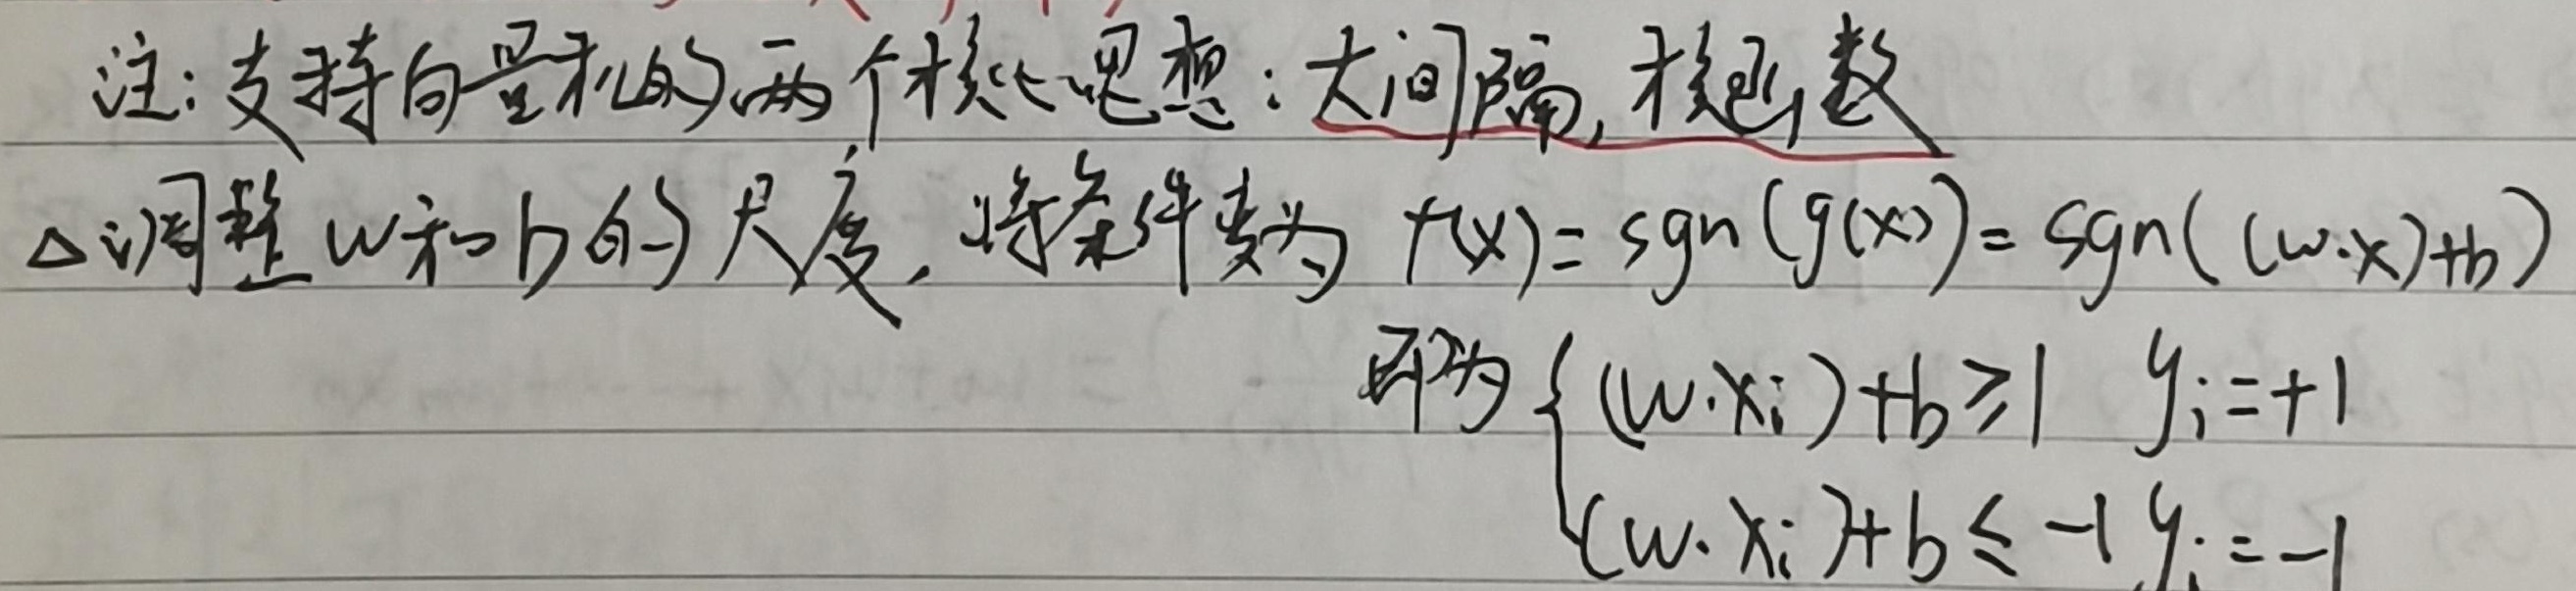
注：支持向量机的两个核心思想：大间隔，核函数。$\Delta$调整$w$和$b$的尺度，将条件变为$f(x)=\text{sgn}(g(x))=\text{sgn}((w\cdot x)+b)$，即为
\[\begin{cases}(w\cdot x_i)+b \geq 1 & y_i = +1 \\ (w\cdot x_i)+b \leq -1 & y_i = -1\end{cases}\]